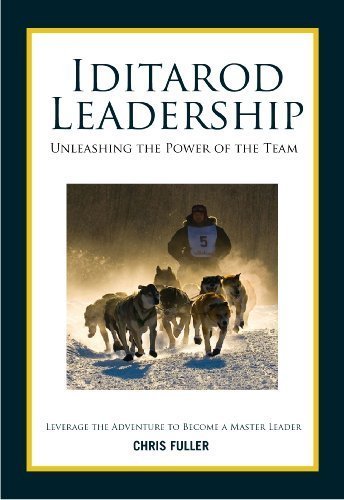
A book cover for Iditarod Leadership; Chris Fuller; Sports & Outdoors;